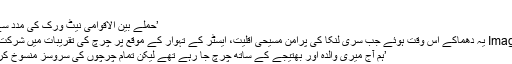
‘
’حملے بین الاقوامی نیٹ ورک کی مدد سے کیے گئے‘
Image caption یہ دھماکے اس وقت ہوئے جب سری لنکا کی پُرامن مسیحی اقلیت، ایسٹر کے تہوار کے موقع پر چرچ کی تقریبات میں شرکت کر رہی تھی
’ہم آج میری والدہ اور بھتیجے کے ساتھ چرچ جا رہے تھے لیکن تمام چرچوں کی سروسز منسوخ کر دی گئی ہیں۔